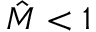
\hat { M } < 1